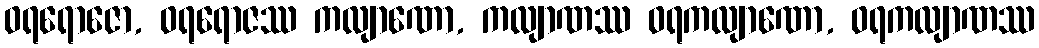
ဝရရောဇော, ဝရရောဇဿ ကလျာဏော, ကလျာဏဿ ဝရကလျာဏော, ဝရကလျာဏဿ